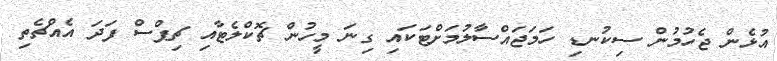
އުޅެން ޖެހުމުން ސިކުނޑި ހަމަޖައްސާލުމަށްޓަކައި ގިނަ މީހުން ޗޮކްލެޓާއި ޗިޕްސް ފަދަ އެއްޗެތި